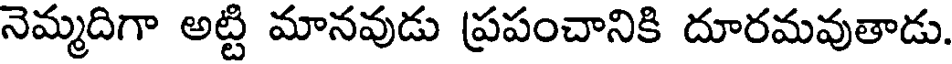
నెమ్మదిగా అట్టి మానవుడు ప్రపంచానికి దూరమవుతాడు.